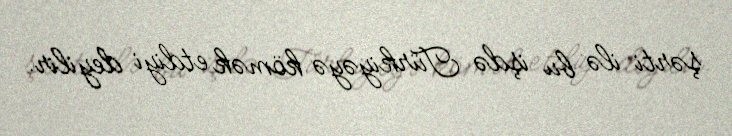
şərti ilə bu işdə Türkiyəyə kömək etdiyi deyilir.